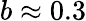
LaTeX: b\approx 0.3